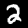
Digit: 2